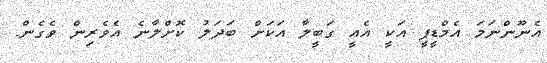
އެނޫންނަމަ އެމްޑީޕީ އަކީ އެއީ ގަބީލާ އަކަށް ބަދަލު ކޮށްލާނެ އެވެރިން ވެގެން.